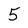
Character: 5